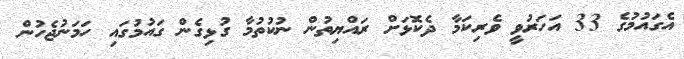
އެގައުމުގެ 33 އަހަރުވީ ވެރިކަމާ ދެކޮޅަށް ރައްޔިތުން ނުކުތުމާ ގުޅިގެން ގައުމުގައި ހަމަނުޖެހުން